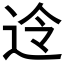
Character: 𮞊